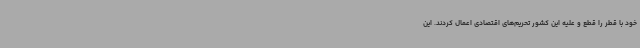
خود با قطر را قطع و علیه این کشور تحریم‌های اقتصادی اعمال کردند. این